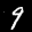
Label: 9